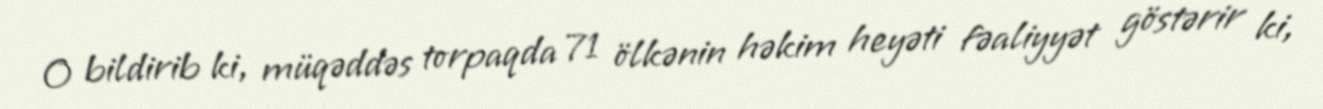
O bildirib ki, müqəddəs torpaqda 71 ölkənin həkim heyəti fəaliyyət göstərir ki,